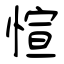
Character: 愃